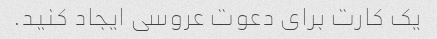
یک کارت برای دعوت عروسی ایجاد کنید.